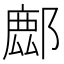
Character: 𨝧